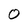
Character: 0